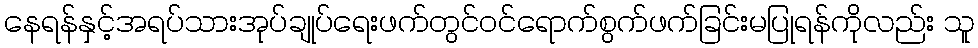
နေရန်နှင့်အရပ်သားအုပ်ချုပ်ရေးဖက်တွင်ဝင်ရောက်စွက်ဖက်ခြင်းမပြုရန်ကိုလည်း သူ